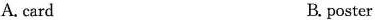
A. card B. poster